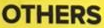
OTHERS